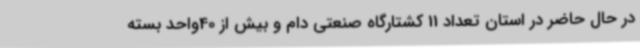
در حال حاضر در استان تعداد 11 کشتارگاه صنعتی دام و بیش از 40واحد بسته